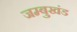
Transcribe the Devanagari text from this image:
जम्बुखंड